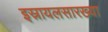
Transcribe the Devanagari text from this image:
इस्रायलसारख्या